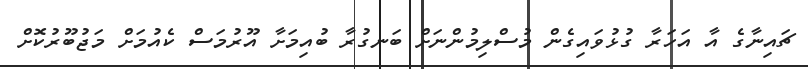
ޗައިނާގެ އާ އަހަރާ ގުޅުވައިގެން މުސްލިމުންނަށް ބަނގުރާ ބުއިމަށާ އޫރުމަސް ކެއުމަށް މަޖުބޫރުކޮށް